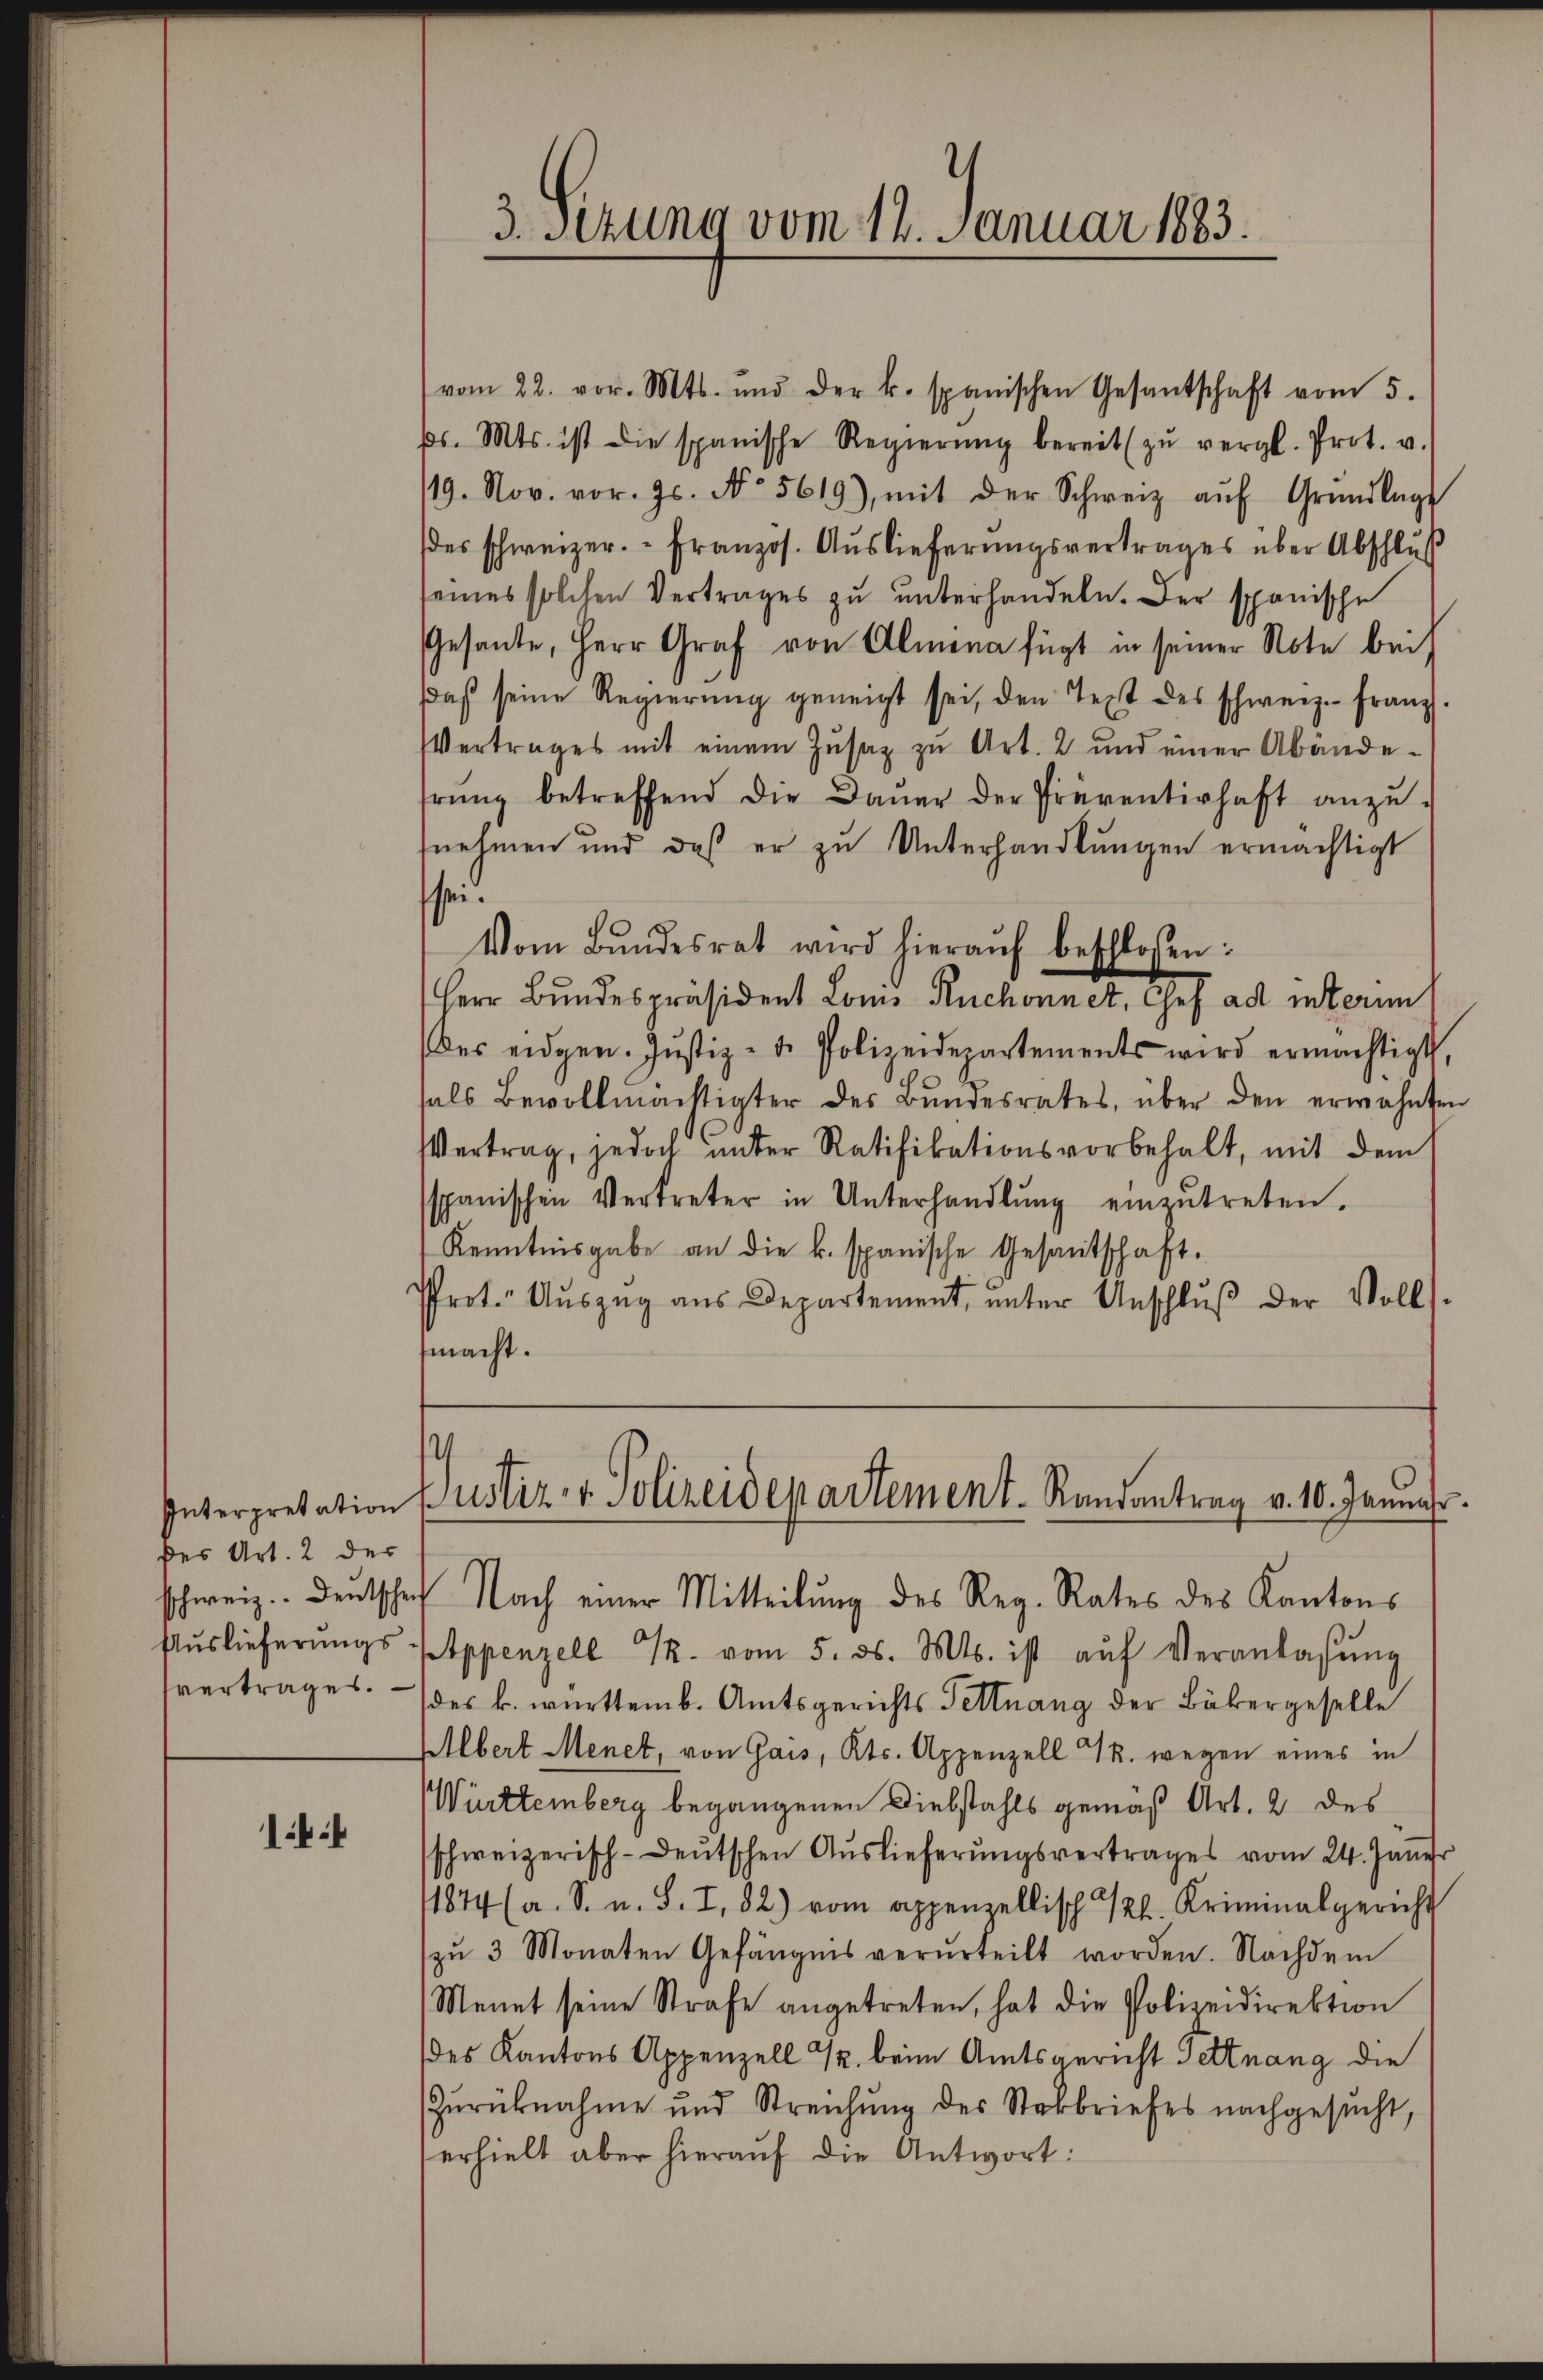
des Art. 2 der
svertrages.

14

vom 22. vor. Mts. und der k. spanischen Gesantschaft vom 5.
pr. Mts. ist die spanische Regierŭng bereit zŭ vergl. Prot. v.
/19. Nov. vor. Js. No 5619), mit der Schweiz aŭf Grŭndlage
des schweizer. - Französ. Auslieferŭngsvertrages über Abschlŭβ
seines solchen Vertrages zu unterhandeln. Der spanische
Gesante, Herr Graf von Almena fügt in seiner Note bei
daβ seine Regierŭng geneigt sei, den Text des schweiz. Franz.
Vertrages mit einem Zŭsaz zu Art. 2 und einer Abände-
hrŭng betreffend die Daŭer der Präventirhaft anzŭ-
nehmen und daß er zu Unterhandlungen ermächtigt
shei
Vom Bundesrat wird hieraŭf beschlossen:
Herr Bundespräsident Louis Ruchonnet, Ges ad interim
(des eidgen. Jŭstiz- u. Polizeidepartements wird ermächtigt
hals Bevollmächtigter des Bŭndesrates, über den erwähnten
Vertrag, jedoch unter Ratifikationsvorbehalt, mit dem
sspanischen Vertreter in Unterhandlŭng einzŭtreten.
Kenntnisgabe an die k. spanische Gesantschaft.
Prot. Aŭszŭg aŭs Departement, ŭnter Anschlŭβ der Volls-
macht.

3. Sezung vom 14. Januar 1883.

¬
Interpretation Zustiz- & Polizeidepartement. Randantrag v. 10. Januar.

schweiz. Deutschef Nach einer Mitteilung des Reg. Rates des Kantons
Aŭslieferŭngs Appenzell u. vom 5. ds. Mts. ist aŭf Veranlassŭng
(des k. württemb. Amtsgerichts Fettnang der Bäkergeselle
Albert Menet, von Gais, Kts. Appenzell u. wegen eines in
Württemberg begangenen Diebstahls gemäß Art. 2 des
schweizerisch-deutschen Auslieferungsvertrages vom 24. Janer
11874 (a. S. u. S. I, 82) vom appenzellisch kl. Kriminalgericht
(zŭ 3 Monaten Gefängnis verurteilt worden. Nachdem
Menet seine Strafe angetreten, hat die Polizeidirektion
des Kantons Appenzell 32. beim Amtsgericht Tettnang die
Zŭrücknahme und Streichŭng des Steckbriefes nachgesŭcht,
erhielt aber hieraŭf die Antwort: